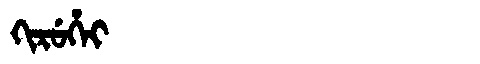
Manchu: ᡴᡳᡵᡠᡥᡝᡳ
Romanization: KIRUHEI